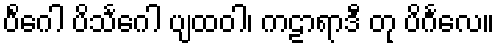
ပိင်္ဂေါ ပိသင်္ဂေါ ပျထဝါ၊ ကဠာရာဒီ တု ပိင်္ဂလေ။